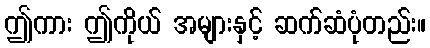
ဤကား ဤကိုယ် အများနှင့် ဆက်ဆံပုံတည်း။